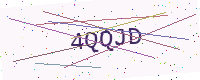
Text: 4QQJD